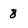
Character: 8